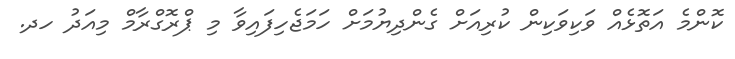
ކޮންމެ އަތޮޅެއް ވަކިވަކިން ކުރިއަށް ގެންދިޔުމަށް ހަމަޖެހިފައިވާ މި ޕްރޮގްރާމް މިއަދު ހދ.